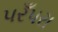
પરઁપરા